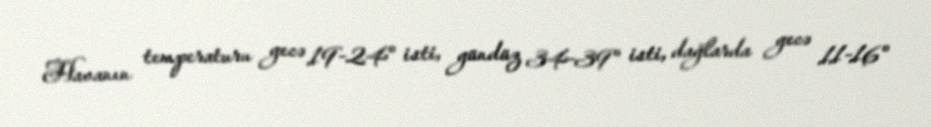
Havanın temperaturu gecə 19-24° isti, gündüz 34-39° isti, dağlarda gecə 11-16°